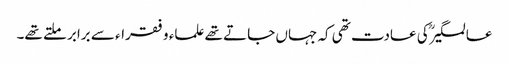
عالمگیرؒ کی عادت تھی کہ جہاں جاتے تھے علماء و فقراء سے برابر ملتے تھے۔